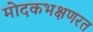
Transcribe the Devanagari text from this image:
मोदकभक्षणरत